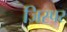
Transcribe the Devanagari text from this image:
जिस्पर